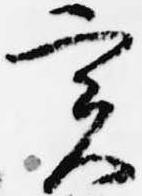
実